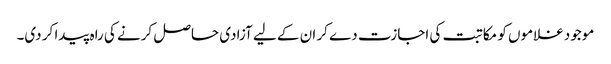
موجود غلاموں کو مکاتبت کی اجازت دے کر ان کے لیے آزادی حاصل کرنے کی راہ پیدا کر دی۔